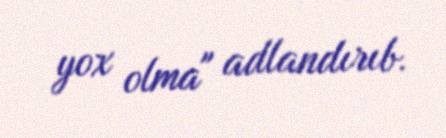
yox olma" adlandırıb.